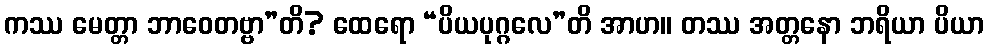
ကဿ မေတ္တာ ဘာဝေတဗ္ဗာ”တိ? ထေရော “ပိယပုဂ္ဂလေ”တိ အာဟ။ တဿ အတ္တနော ဘရိယာ ပိယာ